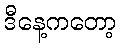
ဒီနေ့ကတော့